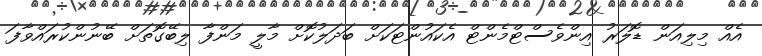
އެއް މިލިއަން ޑޮލަރު އިންވެސްޓްމެންޓް އެކައުންޓަކަށް ބަދަލުކޮށް މާލީ މަންފާ ލިބޭގޮތަށް ބޭނުންކުރައްވާފަ